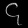
Digit: ၄